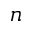
n